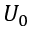
U _ { 0 }